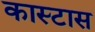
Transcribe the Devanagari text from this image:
कास्टास